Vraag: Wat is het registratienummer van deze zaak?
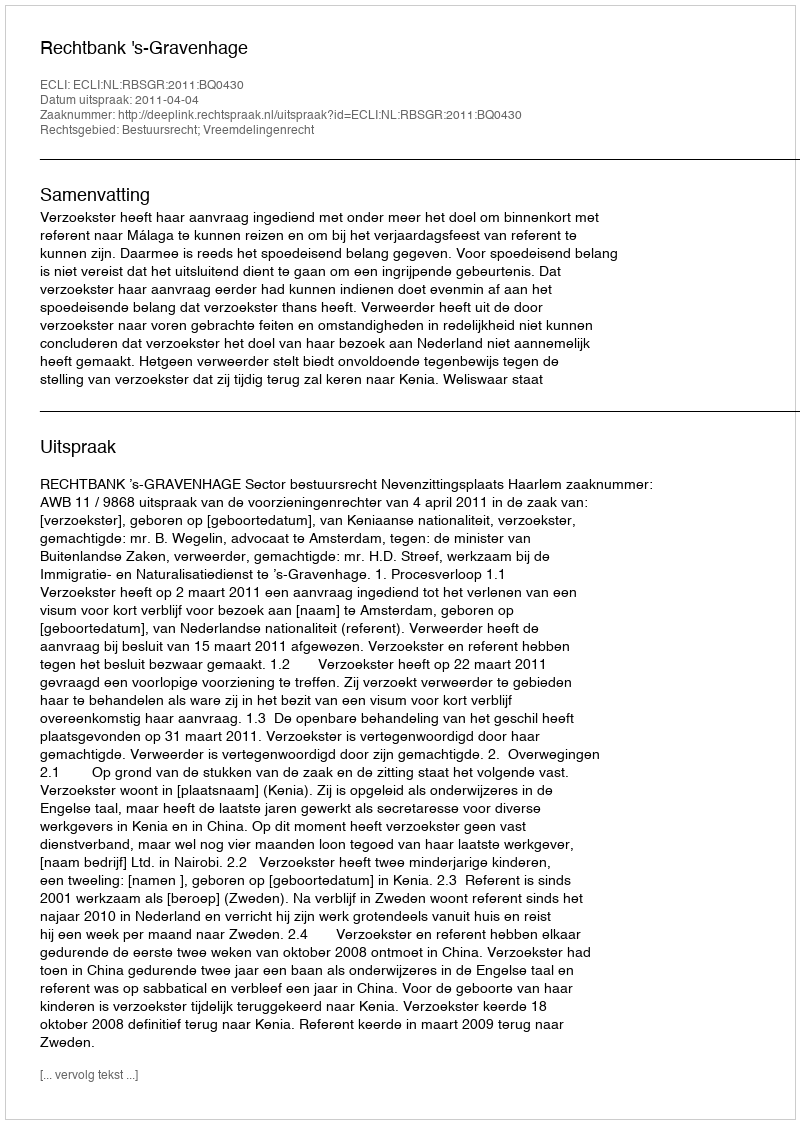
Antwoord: http://deeplink.rechtspraak.nl/uitspraak?id=ECLI:NL:RBSGR:2011:BQ0430